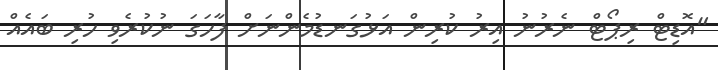
"އޮޑިޓް ރިޕޯޓް ނެރުނު އިރު ކުރިން އަޅުގަނޑުމެންނަށް ފާހަގަ ނުކުރެވި ހުރި ބައެއް